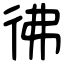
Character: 彿